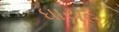
ધાયલ